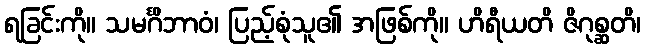
ရခြင်းကို။ သမင်္ဂိဘာဝံ၊ ပြည့်စုံသူ၏ အဖြစ်ကို။ ဟိရီယတိ ဇိဂုစ္ဆတိ၊